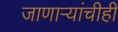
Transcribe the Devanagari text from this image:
जाणाऱ्यांचीही